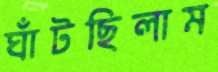
ঘাঁটছিলাম